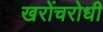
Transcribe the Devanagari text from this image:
खरोंचरोधी